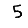
Digit: 5